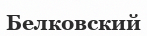
Белковский